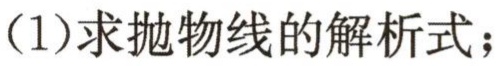
(1)求抛物线的解析式；